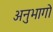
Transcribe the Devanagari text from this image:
अनुभागो